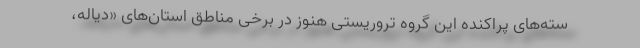
سته‌های پراکنده این گروه تروریستی هنوز در برخی مناطق استان‌های «دیاله،